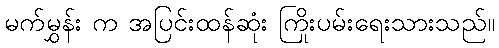
မက်မွှန်း က အပြင်းထန်ဆုံး ကြိုးပမ်းရေးသားသည်။